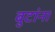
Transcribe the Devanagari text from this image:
बुटांना